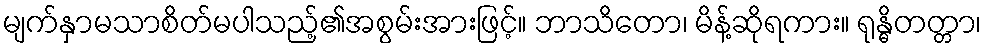
မျက်နှာမသာစိတ်မပါသည့်၏အစွမ်းအားဖြင့်။ ဘာသိတော၊ မိန့်ဆိုရကား။ ရုန္ဓိတတ္တာ၊